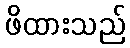
ဖိထားသည်